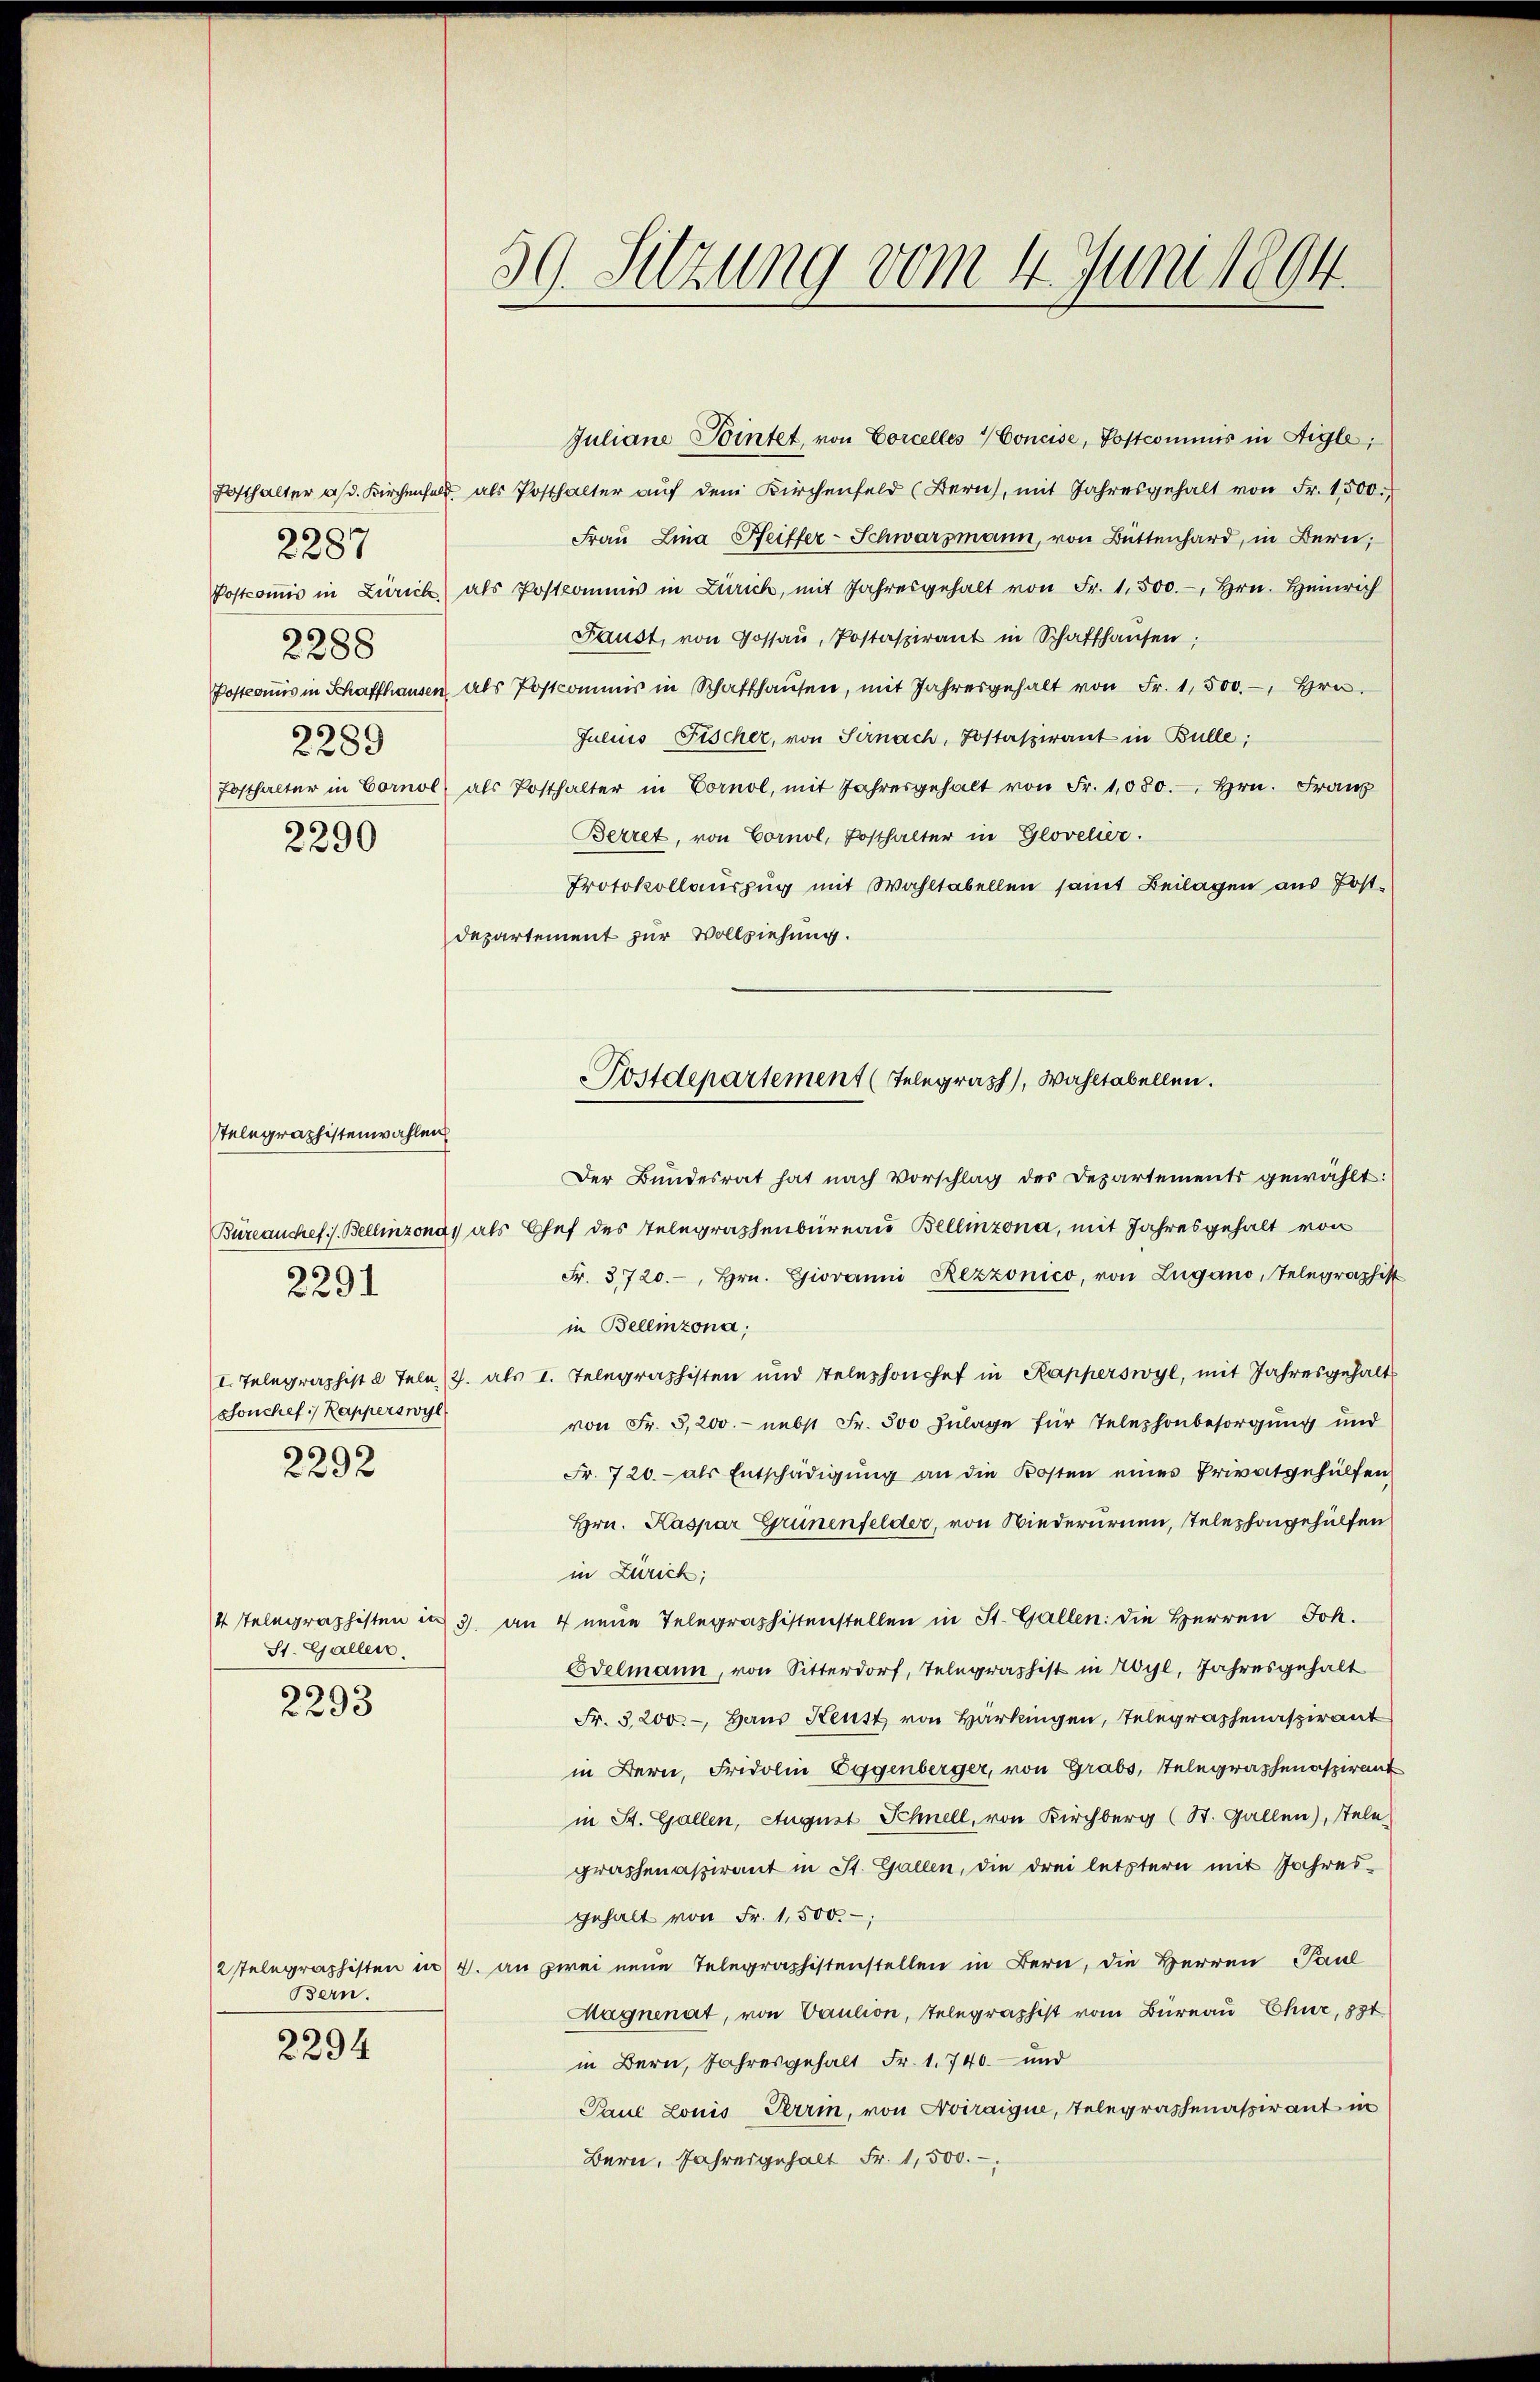
2288
2289
2290

2287

Stelegraphistenwahlen
2291

shonchef:/ Kapperswyl
2292

St. Gallen.

2293

Bern.
2294

Juliane Pointet, von Corcelles Concise, Postcommis in Aigle,
Fosthalter a/d. Kirchenfeld als Posthalter aŭf dem Kirchenfeld (Bern, mit Jahresgehalt von Fr. 1500.
Frau Lina Reiffer-Schwarzmann, von Büttenhard, in Bern;
Postcoṁis in Zürich, als Postkommis in Zürich, mit Jahresgehalt von Fr. 1.500.-, Hrn. Heinrich
Faust, von Gossaŭ, Postaspirant in Schaffhausen;
Postcomis in Schaffhausen, als Postcommis in Schaffhausen, mit Jahresgehalt von Fr. 1,500.-, Hrn.
Julius Fischer, von Sirnach, Postaspirant in Bulle;
Fosthalter in Cornol, als Posthalter in Cornol, mit Jahresgehalt von Fr. 1080. Hrn. Franz
Berret, von Cornol, Posthalter in Glovelier.
Protokollauszug mit Wahltabellen samt Beilagen aus Postdepartement zur Vollziehung.
Der Bundesrat hat nach Vorschlag des Departements gewählt:
Büreauchefs. Bellinzona, als Chef des Telegraphenbüreau Bellinzona, mit Jahresgehalt von
Fr. 3720.-, Hrn. Giovanni Rezzonico, von Lugano, Telegraphist
in Bellinzona;
I. Telegraphist 2 Tele (2. als 1. Telegraphisten und Telephonchef in Kapperswyl, mit Jahresgehalts
von Fr. 5,200.- nebst Fr. 500 Zulage für Telephonbesorgung und
Fr. 720.- als Entschädigung an die Kosten eines Privatgehülfen
Hrn. Kaspar Grünenfelder, von Niederurnen, Telephongehülfen
in Zürich;
4 Telegraphisten in 3. an 4 neue Telegraphistenstellen in St. Gallen: die Herren Joh.
Edelmann, von Sitterdorf, Telegraphist in Wyl, Jahresgehalt
Fr. 3200. - Haus Keust von Härkingen, Telegraphenaspirant
in Bern, Fridolin Eggenberger, von Grabs, Telegraphenaspirant
in St. Gallen, August Schnell, von Kirchberg (St. Gallen), stele-
graphenaspirant in St. Gallen, die drei letztern mit Jahresgehalt von Fr. 1,500.
2 stelegraphisten in 4. an zwei neue Telegraphistenstellen in Bern, die Herren Paul
Magnenat, von Caution, Telegraphist vom Bureau Chur, 834
in Bern, Jahresgehalt Fr. 1740 und
Paul Lonis Terrin, von Aviraique, Telegraphenaspirant in
Bern, Jahresgehalt Fr. 1,500.

59. Setzung vom 4. Juni 1894.

Postdepartement (Telegraph, Wahltabellen.